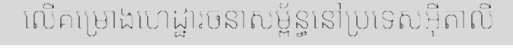
លើគម្រោងហេដ្ឋារចនាសម្ព័ន្ធនៅប្រទេសអ៊ីតាលី